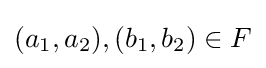
(a_{1},a_{2}),(b_{1},b_{2})\in F